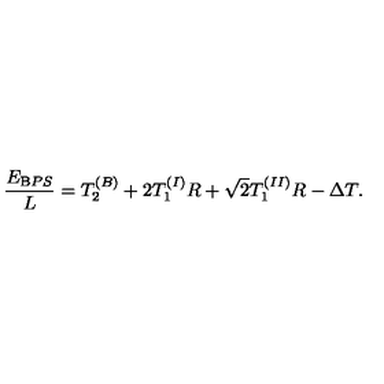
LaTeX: \frac { E _ { { \mathrm B P S } } } { L } = T _ { 2 } ^ { ( B ) } + 2 T _ { 1 } ^ { ( I ) } R + \sqrt { 2 } T _ { 1 } ^ { ( I I ) } R - \Delta T .